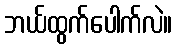
ဘယ်ထွက်ပေါက်လဲ။